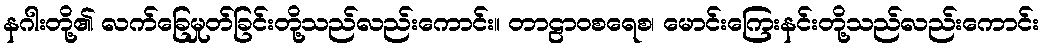
နဂါးတို့၏ လက်ခြေမှုတ်ခြင်းတို့သည်လည်းကောင်း။ တာဠာဝစရေစ၊ မောင်းကြေးနင်းတို့သည်လည်းကောင်း